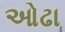
ઓઢા